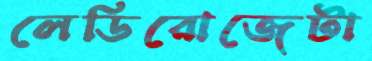
লেডিরোজেটা